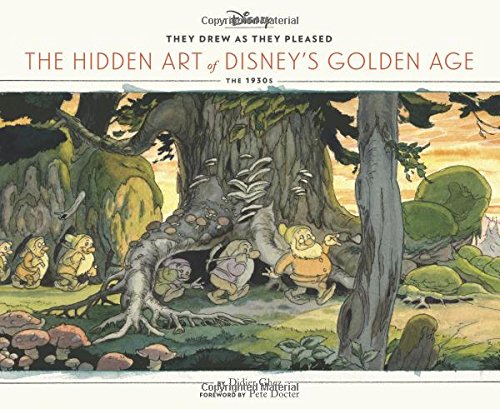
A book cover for They Drew as They Pleased: The Hidden Art of Disney's Golden Age; Didier Ghez; Humor & Entertainment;